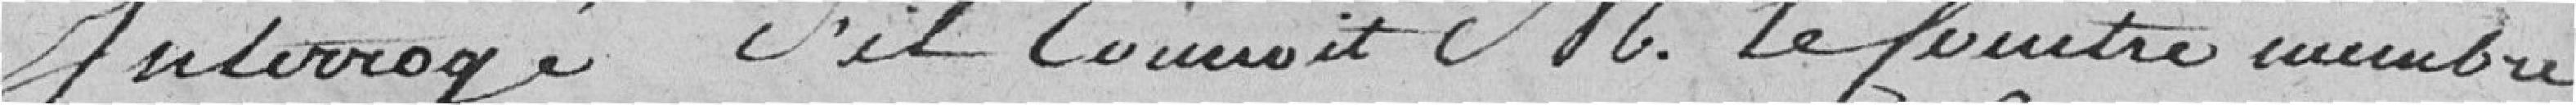
Interrogé s'il connaît Monsieur Lecointre membre